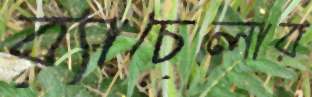
ব্যাচেলার